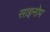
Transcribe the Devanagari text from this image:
साइनोप